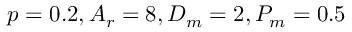
p = 0 . 2 , A _ { r } = 8 , D _ { m } = 2 , P _ { m } = 0 . 5